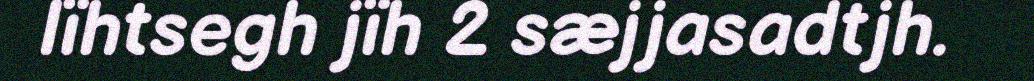
lïhtsegh jïh 2 sæjjasadtjh.